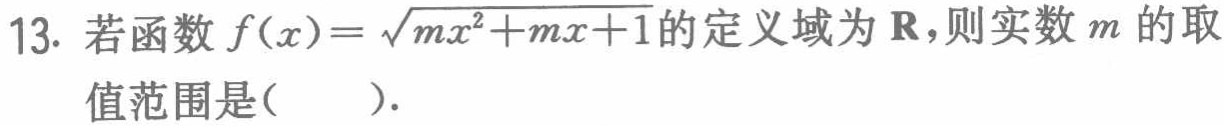
13. 若函数$f(x)=\sqrt{mx^{2}+mx + 1}$的定义域为$\mathbf{R}$，则实数$m$的取值范围是(  ).